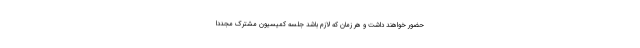
حضور خواهند داشت و هر زمان که لازم باشد جلسه کمیسیون مشترک مجدداً